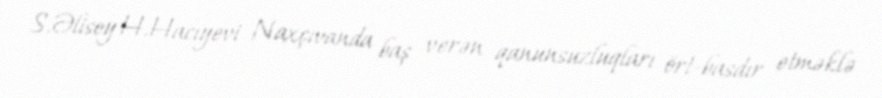
S.Əlisoy H.Hacıyevi Naxçıvanda baş verən qanunsuzluqları ört-basdır etməklə